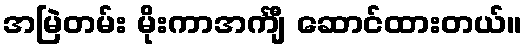
အမြဲတမ်း မိုးကာအင်္ကျီ ဆောင်ထားတယ်။